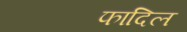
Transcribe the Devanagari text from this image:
फादिल